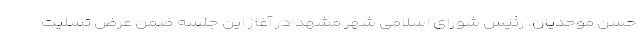
حسن موحدیان، رئیس شورای اسلامی شهر مشهد در آغاز این جلسه ضمن عرض تسلیت